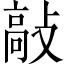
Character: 敲